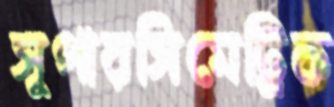
সুপারসিমেট্রিক